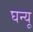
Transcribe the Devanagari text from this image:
घन्यू